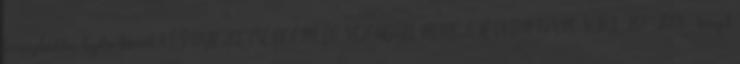
természetvédelmi kezelési tervéről KÖRNYEZETVÉDELMI ÉS VÍZÜGYI MINISZTÉRIUM KvVM KJKF 267 2008. Tervezet